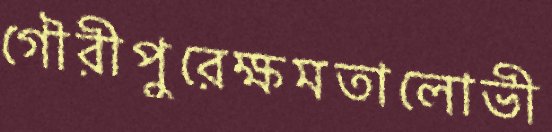
গৌরীপুরেক্ষমতালোভী